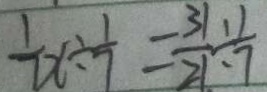
\frac { 1 } { 7 } x \div \frac { 1 } { 7 } = \frac { 3 1 } { 2 1 } \div \frac { 1 } { 7 }